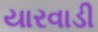
યારવાડી